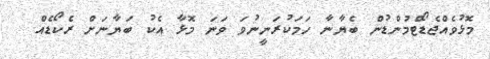
މޮޅުވެއްޖެޑޯޓްމުންޑުން ބެޔާނާ ހަމަކުރަނީނުވަ ވަނަ މޮޅާ އެކު ބަޔާނަށް ރެކޯޑެއް